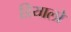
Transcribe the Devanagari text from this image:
डियालो